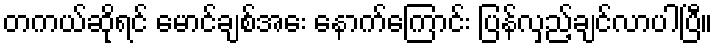
တကယ်ဆိုရင် မောင်ချစ်အေး နောက်ကြောင်း ပြန်လှည့်ချင်လာပါပြီ။